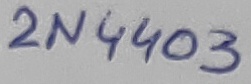
Text: 2N4403